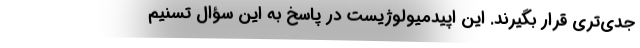
جدی‌‌تری قرار بگیرند. این اپیدمیولوژیست در پاسخ به این سؤال تسنیم